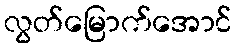
လွတ်မြောက်အောင်